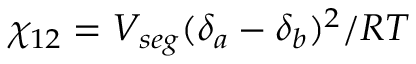
\chi _ { 1 2 } = V _ { s e g } ( \delta _ { a } - \delta _ { b } ) ^ { 2 } / R T